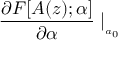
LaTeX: \frac { \partial F [ A ( z ) ; \alpha ] } { \partial \alpha } \mid _ { _ { a _ { 0 } } }